Insane asylums in Bengal annual reports 1876-1887 - 1876-1887
Year: 1876
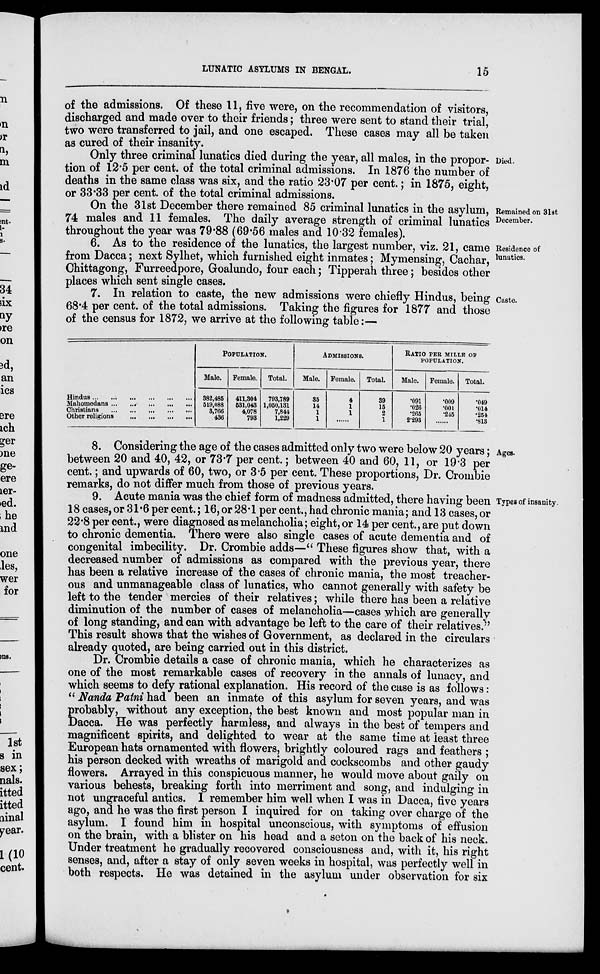
LUNATIC ASYLUMS IN BENGAL.
15
of the admissions. Of these 11, five were, on the recommendation of visitors,
discharged and made over to their friends; three were sent to stand their trial,
two were transferred to jail, and one escaped. These cases may all be taken
as cured of their insanity.
Died.
Only three criminal lunatics died during the year, all males, in the propor-
tion of 12.5 per cent. of the total criminal admissions. In 1876 the number of
deaths in the same class was six, and the ratio 23.07 per cent.; in 1875, eight,
or 33.33 per cent. of the total criminal admissions.
Remained on 31st
December.
On the 31st December there remained 85 criminal lunatics in the asylum,
74 males and 11 females. The daily average strength of criminal lunatics
throughout the year was 79.88 (69.56 males and 10.32 females).
Residence of
lunatics.
6. As to the residence of the lunatics, the largest number, viz. 21, came
from Dacca; next Sylhet, which furnished eight inmates; Mymensing, Cachar,
Chittagong, Furreedpore, Goalundo, four each; Tipperah three; besides other
places which sent single cases.
Caste.
7. In relation to caste, the new admissions were chiefly Hindus, being
68.4 per cent. of the total admissions. Taking the figures for 1877 and those
of the census for 1872, we arrive at the following table:—
Hindus
...
...
...
...
...
...
Mahomedans
...
...
...
...
...
Christians
...
...
...
...
...
Other religions ... ... ... ... ...
POPULATION.
Male.
382,485
519,088
3,766
436
Female.
411,304
531,043
4,078
798
Total.
793,789
1,050,131
7,844
1,229
ADMISSIONS.
Male.
35
14
1
1
Female.
4
1
1
......
Total.
39
15
2
1
RATIO PER MILLE OF
POPULATION.
Male.
.091
.026
.265
2.293
Female.
.009
.001
.245
......
Total.
.049
.014
.254
.813
Ages.
8. Considering the age of the cases admitted only two were below 20 years ;
between 20 and 40, 42, or 73.7 per cent.; between 40 and 60, 11, or 19.3 per
cent.; and upwards of 60, two, or 3.5 per cent. These proportions, Dr. Crombie
remarks, do not differ much from those of previous years.
Types of insanity.
9. Acute mania was the chief form of madness admitted, there having been
18 cases, or 31.6 per cent.; 16, or 28.1 per cent., had chronic mania; and 13 cases, or
22.8 per cent., were diagnosed as melancholia; eight, or 14 per cent., are put down
to chronic dementia. There were also single cases of acute dementia and of
congenital imbecility. Dr. Crombie adds—" These figures show that, with a
decreased number of admissions as compared with the previous year, there
has been a relative increase of the cases of chronic mania, the most treacher-
ous and unmanageable class of lunatics, who cannot generally with safety be
left to the tender mercies of their relatives; while there has been a relative
diminution of the number of cases of melancholia—cases which are generally
of long standing, and can with advantage be left to the care of their relatives."
This result shows that the wishes of Government, as declared in the circulars
already quoted, are being carried out in this district.
Dr. Crombie details a case of chronic mania, which he characterizes as
one of the most remarkable cases of recovery in the annals of lunacy, and
which seems to defy rational explanation. His record of the case is as follows:
" Nanda Patni had been an inmate of this asylum for seven years, and was
probably, without any exception, the best known and most popular man in
Dacca. He was perfectly harmless, and always in the best of tempers and
magnificent spirits, and delighted to wear at the same time at least three
European hats ornamented with flowers, brightly coloured rags and feathers ;
his person decked with wreaths of marigold and cockscombs and other gaudy
flowers. Arrayed in this conspicuous manner, he would move about gaily on
various behests, breaking forth into merriment and song, and indulging in
not ungraceful antics. I remember him well when I was in Dacca, five years
ago, and he was the first person I inquired for on taking over charge of the
asylum. I found him in hospital unconscious, with symptoms of effusion
on the brain, with a blister on his head and a seton on the back of his neck.
Under treatment he gradually recovered consciousness and, with it, his right
senses, and, after a stay of only seven weeks in hospital, was perfectly well in
both respects. He was detained in the asylum under observation for six